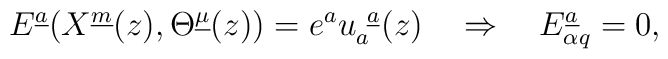
E^{\underline a}(X^{\underline m}(z),\Theta^{\underline\mu}(z))=e^a u_a^{~\underline a}(z)\quad \Rightarrow \quad E_{\alpha q}^{\underline a}=0,